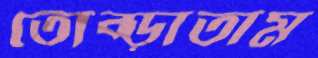
তোব্‌ড়াতাম